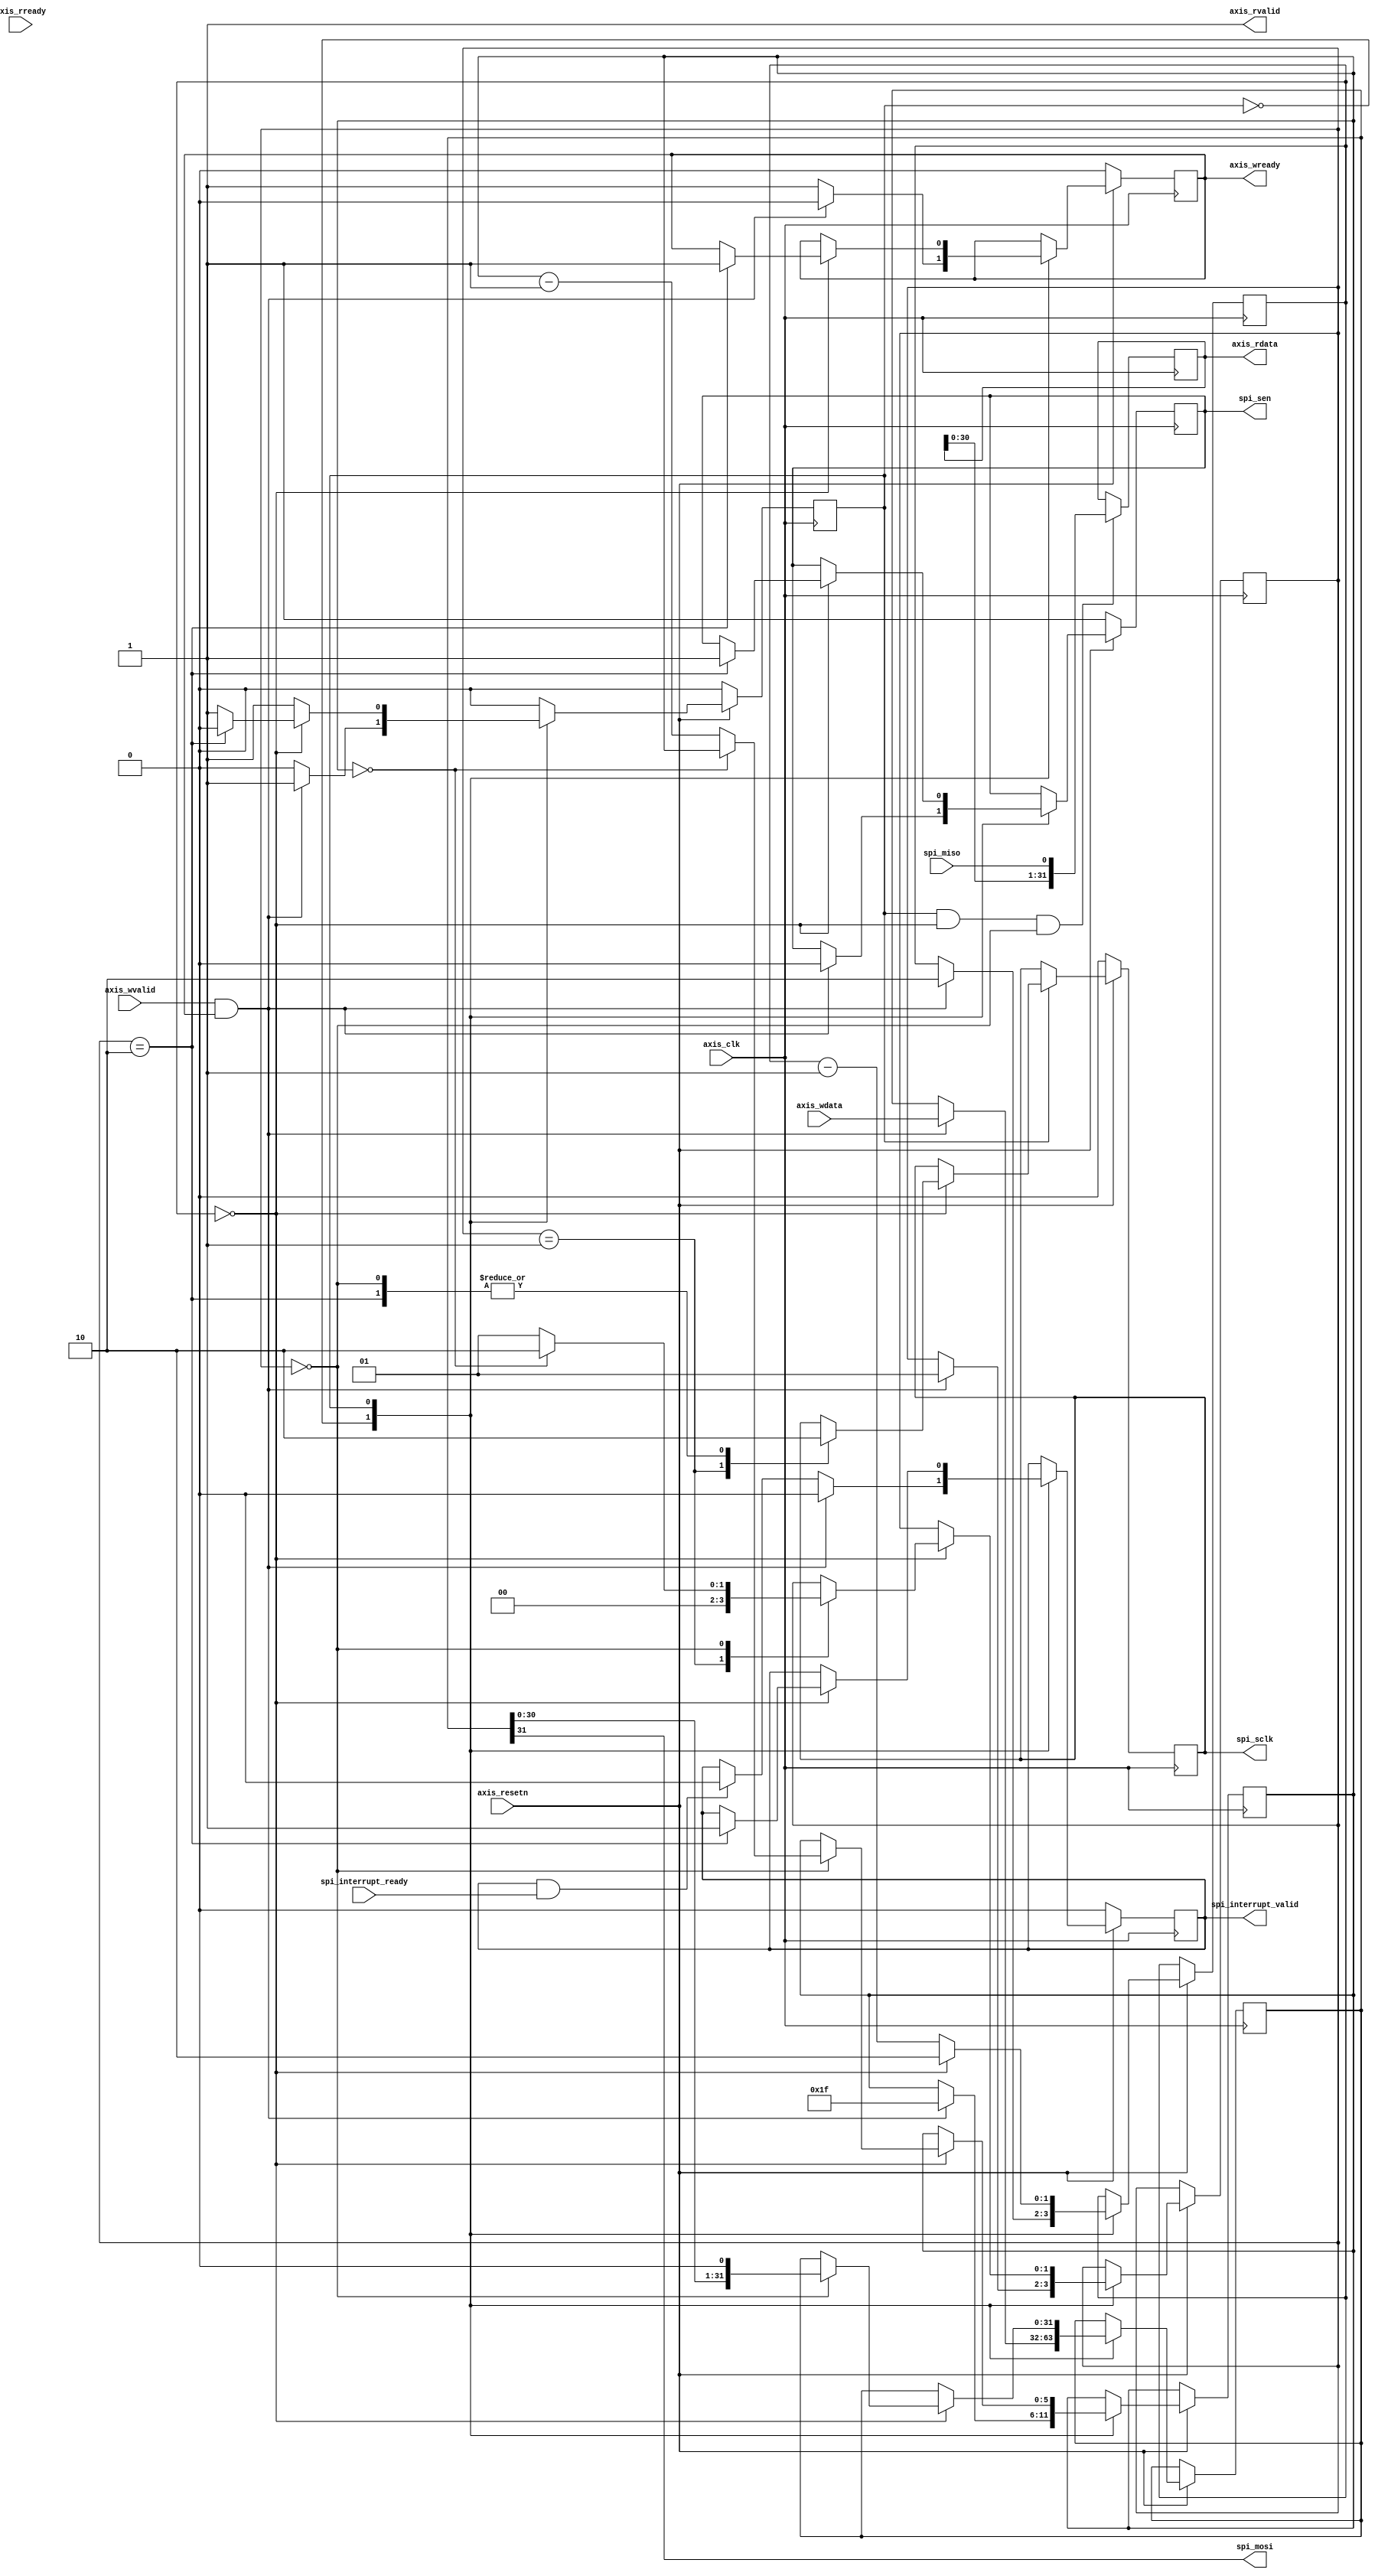
//
// Copyright (c) 2016-2020 Fairwaves, Inc.
// SPDX-License-Identifier: CERN-OHL-W-2.0
//
// UL SPI 32bit
//
// Write registers
// read data isn't bufferred !
//

module axis_spi #(
    parameter DATA_WIDTH = 32,
    parameter WR_ONLY = 0,
    parameter POL_LO = 0,
    parameter SCK_LO = 1,
    parameter FIXED_DIV = 2,
    parameter HOLD_SEN = 0,
    parameter DIV_BITS =
//        ( FIXED_DIV < 2 )   ? 1 : 
        ( FIXED_DIV < 4 )   ? 2 : 
        ( FIXED_DIV < 8 )   ? 3 :
        ( FIXED_DIV < 16 )  ? 4 :
        ( FIXED_DIV < 32 )  ? 5 :
        ( FIXED_DIV < 64 )  ? 6 :
        ( FIXED_DIV < 128 ) ? 7 : 8
)(
    // UL clocks
    input                     axis_clk,
    input                     axis_resetn,

    // UL Write channel
    input [DATA_WIDTH - 1:0]  axis_wdata,
    input                     axis_wvalid,
    output reg                axis_wready,

    // Output data readback stream
    output [DATA_WIDTH - 1:0] axis_rdata,
    output                    axis_rvalid,
    input                     axis_rready,

    // SPI master
    output                    spi_mosi,
    input                     spi_miso,
    output reg                spi_sclk,
    output reg                spi_sen,

    output                    spi_interrupt_valid,
    input                     spi_interrupt_ready
);

wire polarity_low = POL_LO;

localparam WAIT_TRANS  = 0;
localparam SPI_TRANS   = 1;
reg       state;

reg [DIV_BITS-1:0] clk_div;
reg [5:0]          iteration;

localparam SPI_CLK_HI   = 0;
localparam SPI_CLK_LO   = 1;
localparam SPI_DEASSERT = 2;
localparam SPI_HOLDSEN  = 3;
reg [1:0] spi_state;

reg [DATA_WIDTH - 1:0]  data_wr;

assign spi_mosi = data_wr[DATA_WIDTH - 1];

// settings
wire [DIV_BITS-1:0] set_clk_div;
reg        finished;

assign spi_interrupt_valid = finished;

localparam SPI_INITIAL_SCLK_VALUE  = (SCK_LO) ? 1'b0 : 1'b1;
localparam SPI_INITIAL_SCLK_IVALUE = (SCK_LO) ? 1'b1 : 1'b0;

wire clk_stobe = (clk_div == 0);

assign  axis_rvalid = 1'b1;

generate
if (WR_ONLY == 0) begin
  reg [DATA_WIDTH - 1:0]  data_rd;

  always @(posedge axis_clk) begin
    if (state == SPI_TRANS && clk_stobe && spi_state == SPI_CLK_HI) begin
      // TODO: read data POL_LO == 1
      data_rd <= {data_rd[DATA_WIDTH - 2:0], spi_miso};
    end
  end

  assign axis_rdata = data_rd;
end else begin
  assign axis_rdata = 0;
end
endgenerate

wire axi_wd_transfer = axis_wvalid && axis_wready;
wire axi_wd_transfer_transaction;

`ifdef USE_DYNAMIC_DIV
generate
if (FIXED_DIV == 0) begin
  reg [DIV_BITS-1:0] set_clk_div_reg;
  assign set_clk_div = set_clk_div_reg;
  assign axi_wd_transfer_transaction = axi_wd_transfer && ~s_ul_waddr;

  // process for setting divider
  always @(posedge axis_clk) begin
    if (!axis_resetn) begin
      set_clk_div_reg     <= 8'hFF;
    end else begin 
      if (axi_wd_transfer) begin
        if (s_ul_waddr) begin
          set_clk_div_reg <= axis_wdata[DIV_BITS-1:0];
        end
      end
    end
  end
end else begin
  assign axi_wd_transfer_transaction = axi_wd_transfer;
  assign set_clk_div = FIXED_DIV;
end
endgenerate
`else
assign axi_wd_transfer_transaction = axi_wd_transfer;
assign set_clk_div = FIXED_DIV;
`endif


always @(posedge axis_clk) begin
  if (!axis_resetn) begin
    state          <= WAIT_TRANS;
    axis_wready    <= 1'b0;

    //SPI
    spi_sen        <= 1'b1;
    spi_sclk       <= SPI_INITIAL_SCLK_VALUE;

    finished       <= 1'b0;
  end else begin
    case (state)
      WAIT_TRANS : begin
        if (axi_wd_transfer_transaction) begin
          data_wr      <= axis_wdata;
          axis_wready  <= 1'b0;
          finished     <= 1'b0;

          state        <= SPI_TRANS;
          if (HOLD_SEN) begin
            spi_state    <= SPI_HOLDSEN;
          end else begin
            spi_state    <= SPI_CLK_LO;
            spi_sen      <= 1'b0;
          end
          clk_div      <= set_clk_div;
          iteration    <= DATA_WIDTH - 1;
        end else begin
          if (spi_interrupt_valid && spi_interrupt_ready) begin
            finished <= 1'b0;
          end
          axis_wready  <= 1'b1;
        end
      end

      SPI_TRANS : begin
        if (clk_stobe) begin
          clk_div      <= set_clk_div;

          case (spi_state)
            SPI_HOLDSEN: begin
              if (HOLD_SEN) begin
                spi_sclk     <= ~spi_sclk;
                if (spi_sclk == SPI_INITIAL_SCLK_IVALUE) begin
                  spi_sen      <= 1'b0;
                  if (POL_LO)
                    spi_state    <= SPI_CLK_HI;
                  else
                    spi_state    <= SPI_CLK_LO;
                end
              end
            end
            SPI_CLK_LO : begin
              spi_sclk     <= 1'b1;
              if (polarity_low && (iteration != (DATA_WIDTH - 1))) begin
                data_wr      <= {data_wr[DATA_WIDTH - 2:0],     1'b0};
              end

              spi_state    <= SPI_CLK_HI;
            end
            SPI_CLK_HI : begin
              spi_sclk     <= 1'b0;
              // MSB first
              if (~polarity_low) begin
                data_wr      <= {data_wr[DATA_WIDTH - 2:0],     1'b0};
              end
              
              if (iteration == 0) begin
                spi_state    <= SPI_DEASSERT;
              end else begin
                iteration    <= iteration - 1;
                spi_state    <= SPI_CLK_LO;
              end
            end
            SPI_DEASSERT : begin
              spi_sen      <= 1'b1;
              state        <= WAIT_TRANS;
              axis_wready  <= 1'b1;
              //end
              finished     <= 1'b1;
              spi_sclk     <= SPI_INITIAL_SCLK_VALUE;
            end
          endcase

        end else begin
          clk_div <= clk_div - 1;
        end
      end
    endcase
  end
end

endmodule